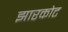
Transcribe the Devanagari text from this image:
झारकोट